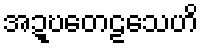
အဍ္ဎတေဠသေဟိ